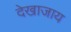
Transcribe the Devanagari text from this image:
देखाजाय